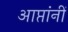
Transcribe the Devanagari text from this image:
आप्तांनीं